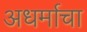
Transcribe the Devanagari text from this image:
अधर्माचा